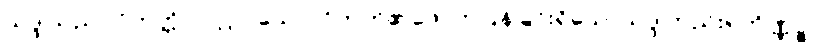
သဒ္ဒါသည်။ ဝိဘတ္တိပိပလ္လာ သော၊ ဝိဘတ်၏ဖောက်ပြန်ခြင်းရှိသောသဒ္ဒါတည်း။ တိဏ္ဏဉ္စ၊